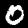
Digit: 0